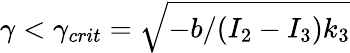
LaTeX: \gamma<\gamma_{crit}=\sqrt{-b/(I_{2}-I_{3})k_{3}}